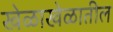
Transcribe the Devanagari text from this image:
खेळाखेळातील